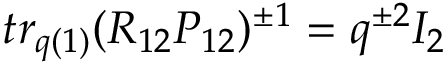
t r _ { q ( 1 ) } ( R _ { 1 2 } { \cal P } _ { 1 2 } ) ^ { \pm 1 } = q ^ { \pm 2 } I _ { 2 }